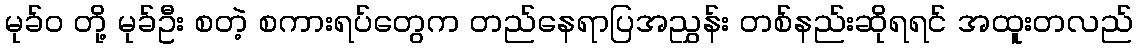
မုခ်ဝ တို့ မုခ်ဦး စတဲ့ စကားရပ်တွေက တည်နေရာပြအညွှန်း တစ်နည်းဆိုရရင် အထူးတလည်